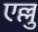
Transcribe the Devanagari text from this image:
एल्लु